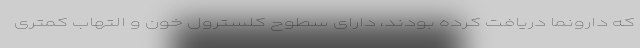
که دارونما دریافت کرده بودند، دارای سطوح کلسترول خون و التهاب کمتری